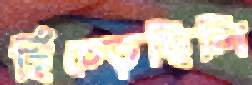
হিঁচ্‌ড়েছিলি